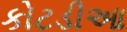
કોટડીઆ